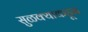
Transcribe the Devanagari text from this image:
सुळक्याकडून